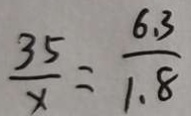
\frac { 3 5 } { x } = \frac { 6 . 3 } { 1 . 8 }